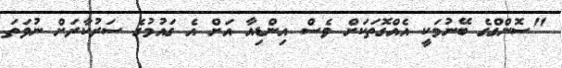
"ސޮންގްގެ ބޭނުމަކީ އެއްގޮތަކަށް ވެސް އިންޑިއާ އަށް އެ ގައުމުގެ ސަރުކާރަށް ނުވަތަ